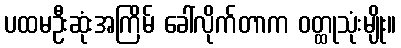
ပထမဦးဆုံးအကြိမ် ခေါ်လိုက်တာက ဝတ္ထုသုံးမျိုး။